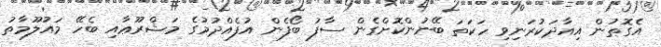
އެގޮތުން އިއާދަކުރަނިވި ހަކަތަ ބޭނުންކޮށްގެން ސާފު ބޯފެން އުފެއްދުމުގެ މަޝްރޫޢާއި ބެހޭ މައުލޫމާތު